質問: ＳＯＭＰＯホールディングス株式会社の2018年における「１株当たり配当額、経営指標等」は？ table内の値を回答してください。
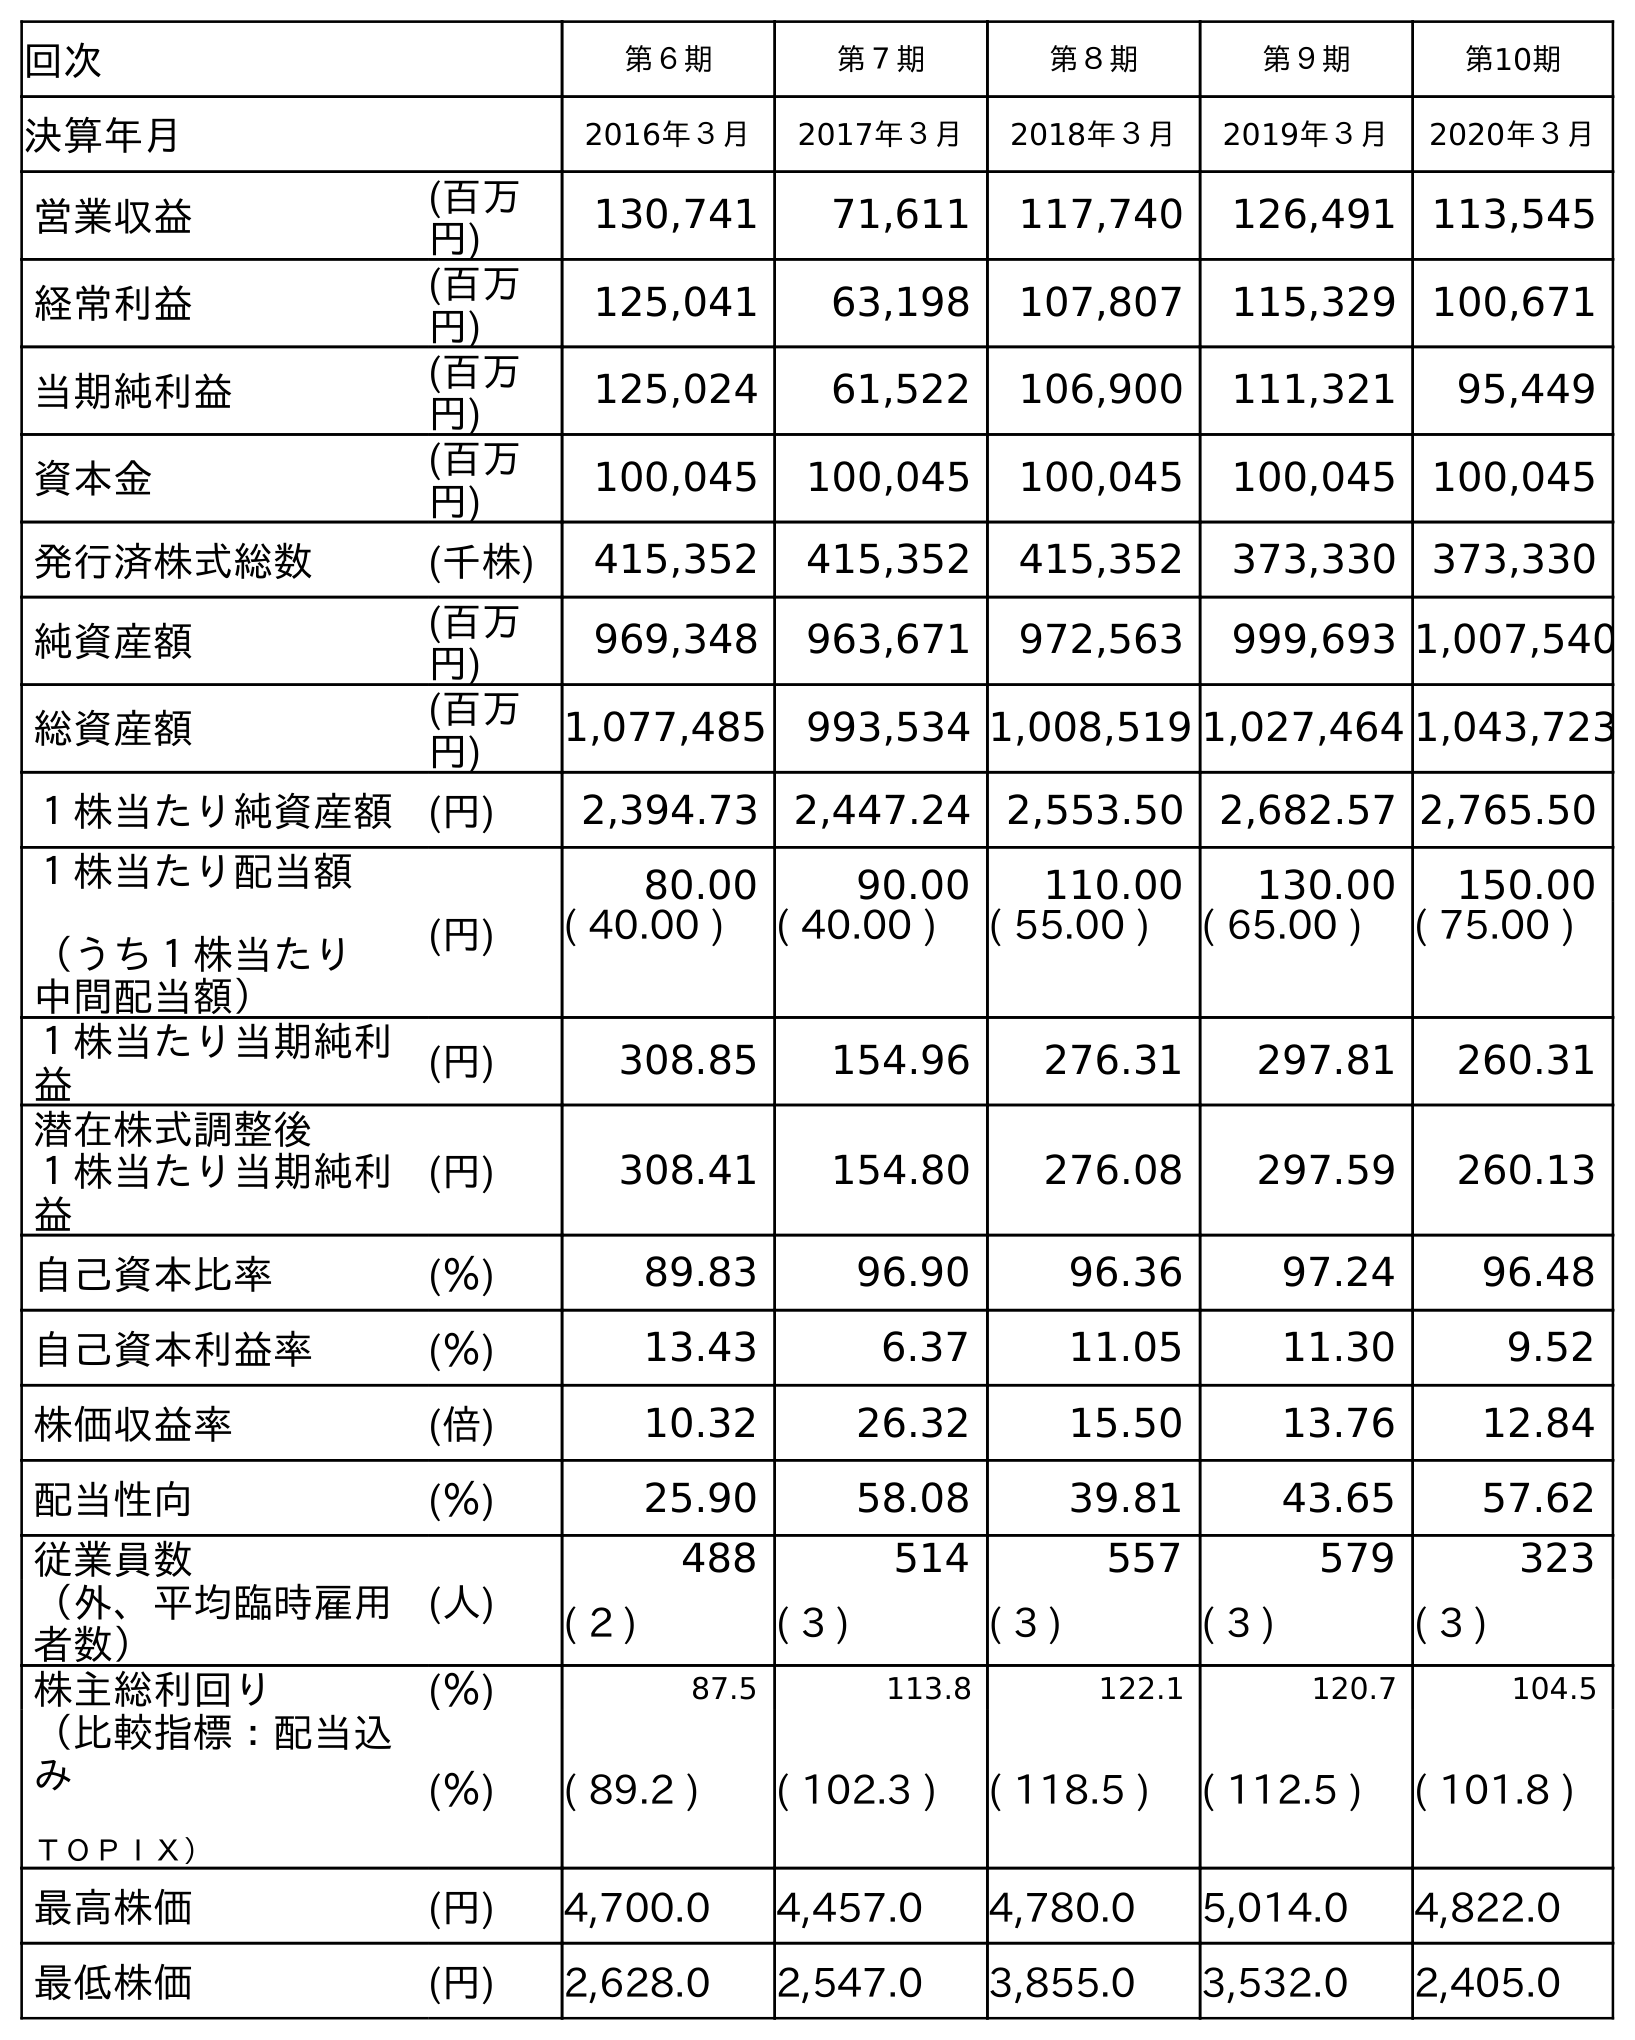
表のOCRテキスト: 回次 第６期 第７期 第８期 第９期 第10期 決算年月 2016年３月 2017年３月 2018年３月 2019年３月 2020年３月 営業収益 (百万 円) 130,741 71,611 117,740 126,491 113,545 経常利益 (百万 円) 125,041 63,198 107,807 115,329 100,671 当期純利益 (百万 円) 125,024 61,522 106,900 111,321 95,449 資本金 (百万 円) 100,045 100,045 100,045 100,045 100,045 発行済株式総数 (千株) 415,352 415,352 415,352 373,330 373,330 純資産額 (百万 円) 969,348 963,671 972,563 999,693 1,007,540 総資産額 (百万 円) 1,077,485 993,534 1,008,519 1,027,464 1,043,723 １株当たり純資産額 (円) 2,394.73 2,447.24 2,553.50 2,682.57 2,765.50 １株当たり配当額 （うち１株当たり 中間配当額） (円) 80.00 90.00 110.00 130.00 150.00 ( 40.00 ) ( 40.00 ) ( 55.00 ) ( 65.00 ) ( 75.00 ) １株当たり当期純利 益 (円) 308.85 154.96 276.31 297.81 260.31 潜在株式調整後 １株当たり当期純利 益 (円) 308.41 154.80 276.08 297.59 260.13 自己資本比率 (％) 89.83 96.90 96.36 97.24 96.48 自己資本利益率 (％) 13.43 6.37 11.05 11.30 9.52 株価収益率 (倍) 10.32 26.32 15.50 13.76 12.84 配当性向 (％) 25.90 58.08 39.81 43.65 57.62 従業員数 (人) 488 514 557 579 323 （外、平均臨時雇用 者数） ( 2 ) ( 3 ) ( 3 ) ( 3 ) ( 3 ) 株主総利回り (％) 87.5 113.8 122.1 120.7 104.5 （比較指標：配当込 み ＴＯＰＩＸ） (％) ( 89.2 ) ( 102.3 ) ( 118.5 ) ( 112.5 ) ( 101.8 ) 最高株価 (円) 4,700.0 4,457.0 4,780.0 5,014.0 4,822.0 最低株価 (円) 2,628.0 2,547.0 3,855.0 3,532.0 2,405.0
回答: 110.00